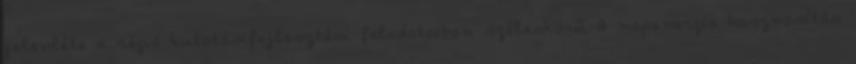
jelenléte a régió kutatásifejlesztési feladataiban széleskörű A napenergia hasznosítás